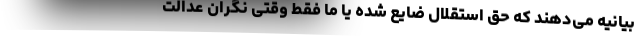
بیانیه می‌دهند که حق استقلال ضایع شده یا ما فقط وقتی نگران عدالت